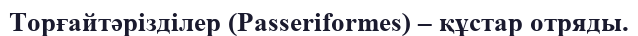
Торғайтәрізділер (Passerіformes) – құстар отряды.